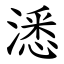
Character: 㴽